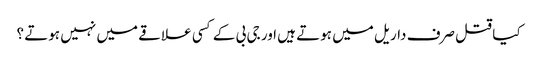
کیا قتل صرف داریل میں ہوتے ہیں اور جی بی کے کسی علاقے میں نہیں ہوتے ؟